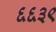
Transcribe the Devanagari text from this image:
६६३९